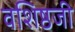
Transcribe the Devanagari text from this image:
वशिष्ठजी